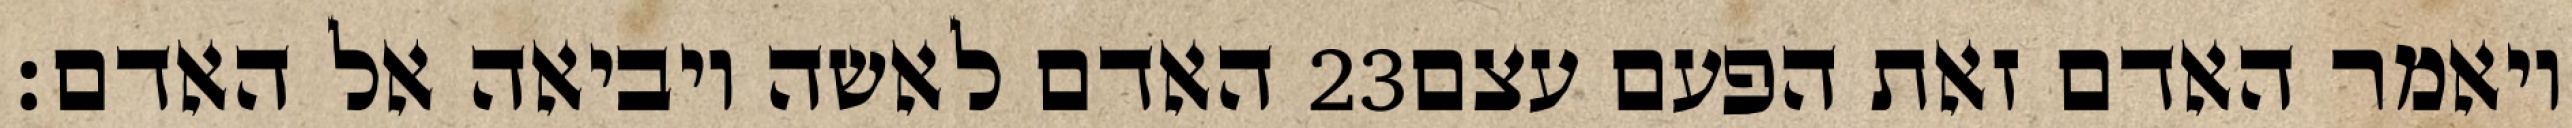
האדם לאשה ויביאה אל האדם׃ ‎23‏ ויאמר האדם זאת הפעם עצם